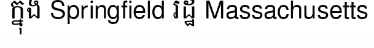
ក្នុង Springfield រដ្ឋ Massachusetts